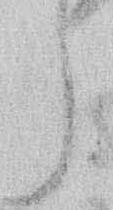
う